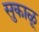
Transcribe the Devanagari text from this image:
सुकाळू